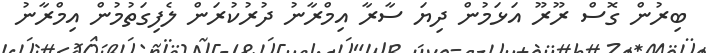
ބިރުން ގޮސް ރޫރޫ އަޅަމުން ދިޔަ ސާރާ އިމްރާނު ދުރުކުރަން ލެފިގަތުމުން އިމްރާނު